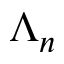
\Lambda _ { n }